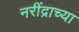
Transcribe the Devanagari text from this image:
नरींद्राच्या